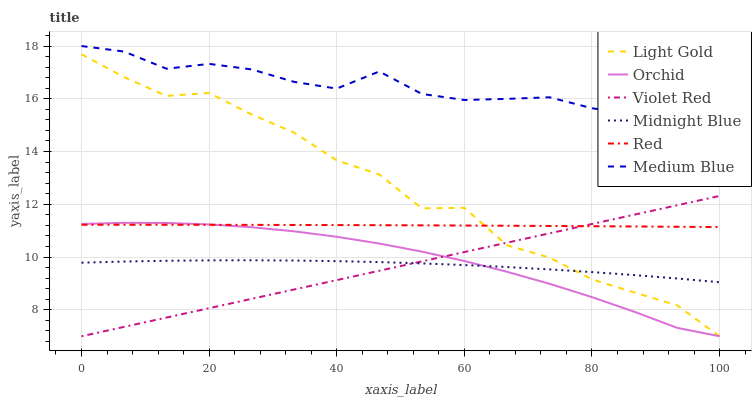
| xaxis_label | Light Gold | Orchid | Violet Red | Midnight Blue | Red | Medium Blue |
 | --- | --- | --- | --- | --- | --- | --- |
 | 0 | 17.7 | 11.3 | 7 | 9.79 | 11.2 | 18 |
 | 6.67 | 16.8 | 11.3 | 7.35 | 9.83 | 11.2 | 17.8 |
 | 13.3 | 16.1 | 11.3 | 7.71 | 9.86 | 11.2 | 17.1 |
 | 20 | 16.2 | 11.2 | 8.06 | 9.88 | 11.2 | 17.3 |
 | 26.7 | 15.4 | 11.1 | 8.42 | 9.88 | 11.2 | 17.1 |
 | 33.3 | 14.7 | 11 | 8.77 | 9.87 | 11.2 | 16.6 |
 | 40 | 13.7 | 10.8 | 9.13 | 9.85 | 11.2 | 16.4 |
 | 46.7 | 13.1 | 10.5 | 9.48 | 9.81 | 11.2 | 17 |
 | 53.3 | 11.8 | 10.2 | 9.84 | 9.76 | 11.2 | 16.2 |
 | 60 | 11.9 | 9.85 | 10.2 | 9.7 | 11.2 | 16 |
 | 66.7 | 10.4 | 9.45 | 10.5 | 9.62 | 11.2 | 16 |
 | 73.3 | 9.98 | 8.99 | 10.9 | 9.53 | 11.2 | 16.1 |
 | 80 | 9.16 | 8.48 | 11.3 | 9.43 | 11.2 | 15.6 |
 | 86.7 | 8.66 | 7.93 | 11.6 | 9.32 | 11.2 | 15.4 |
 | 93.3 | 8.17 | 7.32 | 12 | 9.19 | 11.1 | 15 |
 | 100 | 7 | 7 | 12.3 | 9.05 | 11.1 | 14.6 |